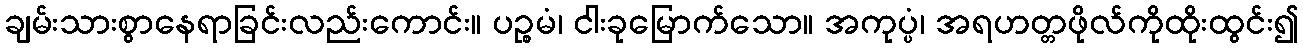
ချမ်းသားစွာနေရာခြင်းလည်းကောင်း။ ပဉ္စမံ၊ ငါးခုမြောက်သော။ အကုပ္ပံ၊ အရဟတ္တဖိုလ်ကိုထိုးထွင်း၍